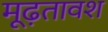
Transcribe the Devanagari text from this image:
मूढ़तावश